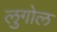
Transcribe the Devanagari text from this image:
लुगोल